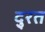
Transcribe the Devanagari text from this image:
दु्रत